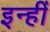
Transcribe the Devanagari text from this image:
इन्हीँ